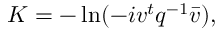
{ \cal K } = - \ln ( - i v ^ { t } q ^ { - 1 } \bar { v } ) ,